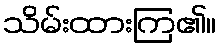
သိမ်းထားကြ၏။